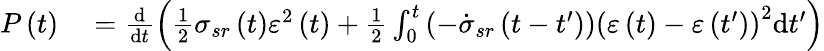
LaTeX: \begin{array}{rl}{P\left(t\right)}&{{}=\frac{\mathrm{d}}{\mathrm{d}t}\left(\frac{1}{2}\sigma_{sr}\left(t\right)\varepsilon^{2}\left(t\right)+\frac{1}{2}\int_{0}^{t}\left(-\dot{\sigma}_{sr}\left(t-t^{\prime}\right)\right)\left(\varepsilon\left(t\right)-\varepsilon\left(t^{\prime}\right)\right)^{2}\mathrm{d}t^{\prime}\right)}\end{array}